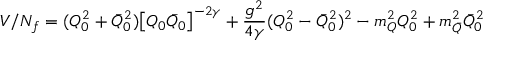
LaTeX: V / N _ { f } = ( Q _ { 0 } ^ { 2 } + \bar { Q } _ { 0 } ^ { 2 } ) \bigl [ Q _ { 0 } \bar { Q } _ { 0 } \bigr ] ^ { - 2 \gamma } + \frac { g ^ { 2 } } { 4 \gamma } ( Q _ { 0 } ^ { 2 } - \bar { Q } _ { 0 } ^ { 2 } ) ^ { 2 } - m _ { Q } ^ { 2 } Q _ { 0 } ^ { 2 } + m _ { \bar { Q } } ^ { 2 } \bar { Q } _ { 0 } ^ { 2 }